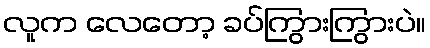
လူက လေတော့ ခပ်ကြွားကြွားပဲ။